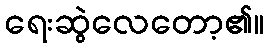
ရေးဆွဲလေတော့၏။